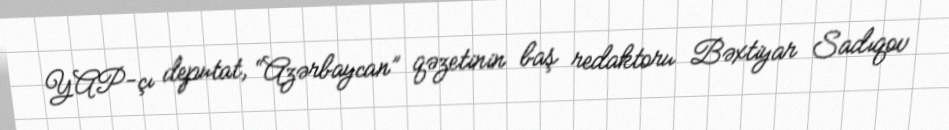
YAP-çı deputat, “Azərbaycan” qəzetinin baş redaktoru Bəxtiyar Sadıqov